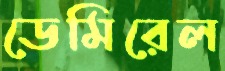
ডেমিরেল